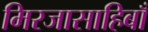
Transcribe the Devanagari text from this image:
मिरजासाहिबाँ